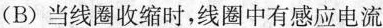
(B)当线圈收缩时，线圈中有感应电流